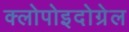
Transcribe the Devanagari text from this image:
क्लोपोइदोग्रेल